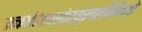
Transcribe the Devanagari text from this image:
उत्कर्षहेतवस्तेस्युरचलस्थितयो